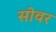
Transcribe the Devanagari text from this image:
सोवर